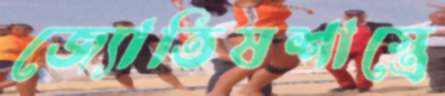
জ্যোতিষশাস্ত্রে